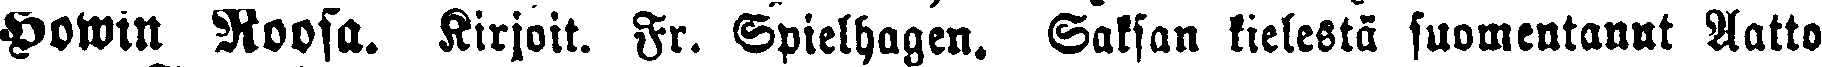
Howin Roosa. Kirjoit. Fr. Spielhagen. Saksan kielestä suomentanut Aatto